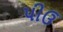
પીઉ